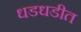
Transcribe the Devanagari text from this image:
धडधडीत